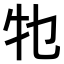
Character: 𤘗